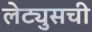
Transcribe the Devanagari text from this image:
लेट्युसची